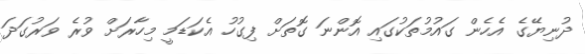
ދުނިޔޭގެ އެހެން ގައުމުތަކުގައި އޮންނަ ގޮތަށް ފިގުހު އެކަޑަމީ މިހާރަށް ވުރެ ވަރުގަދަ